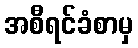
အစီရင်ခံစာမှ